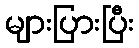
များပြားပြီး